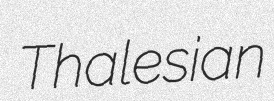
Thalesian